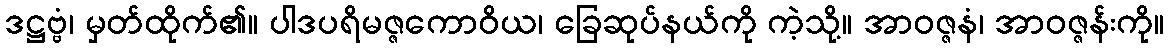
ဒဋ္ဌဗ္ဗံ၊ မှတ်ထိုက်၏။ ပါဒပရိမဇ္ဇကောဝိယ၊ ခြေဆုပ်နယ်ကို ကဲ့သို့။ အာဝဇ္ဇနံ၊ အာဝဇ္ဇန်းကို။